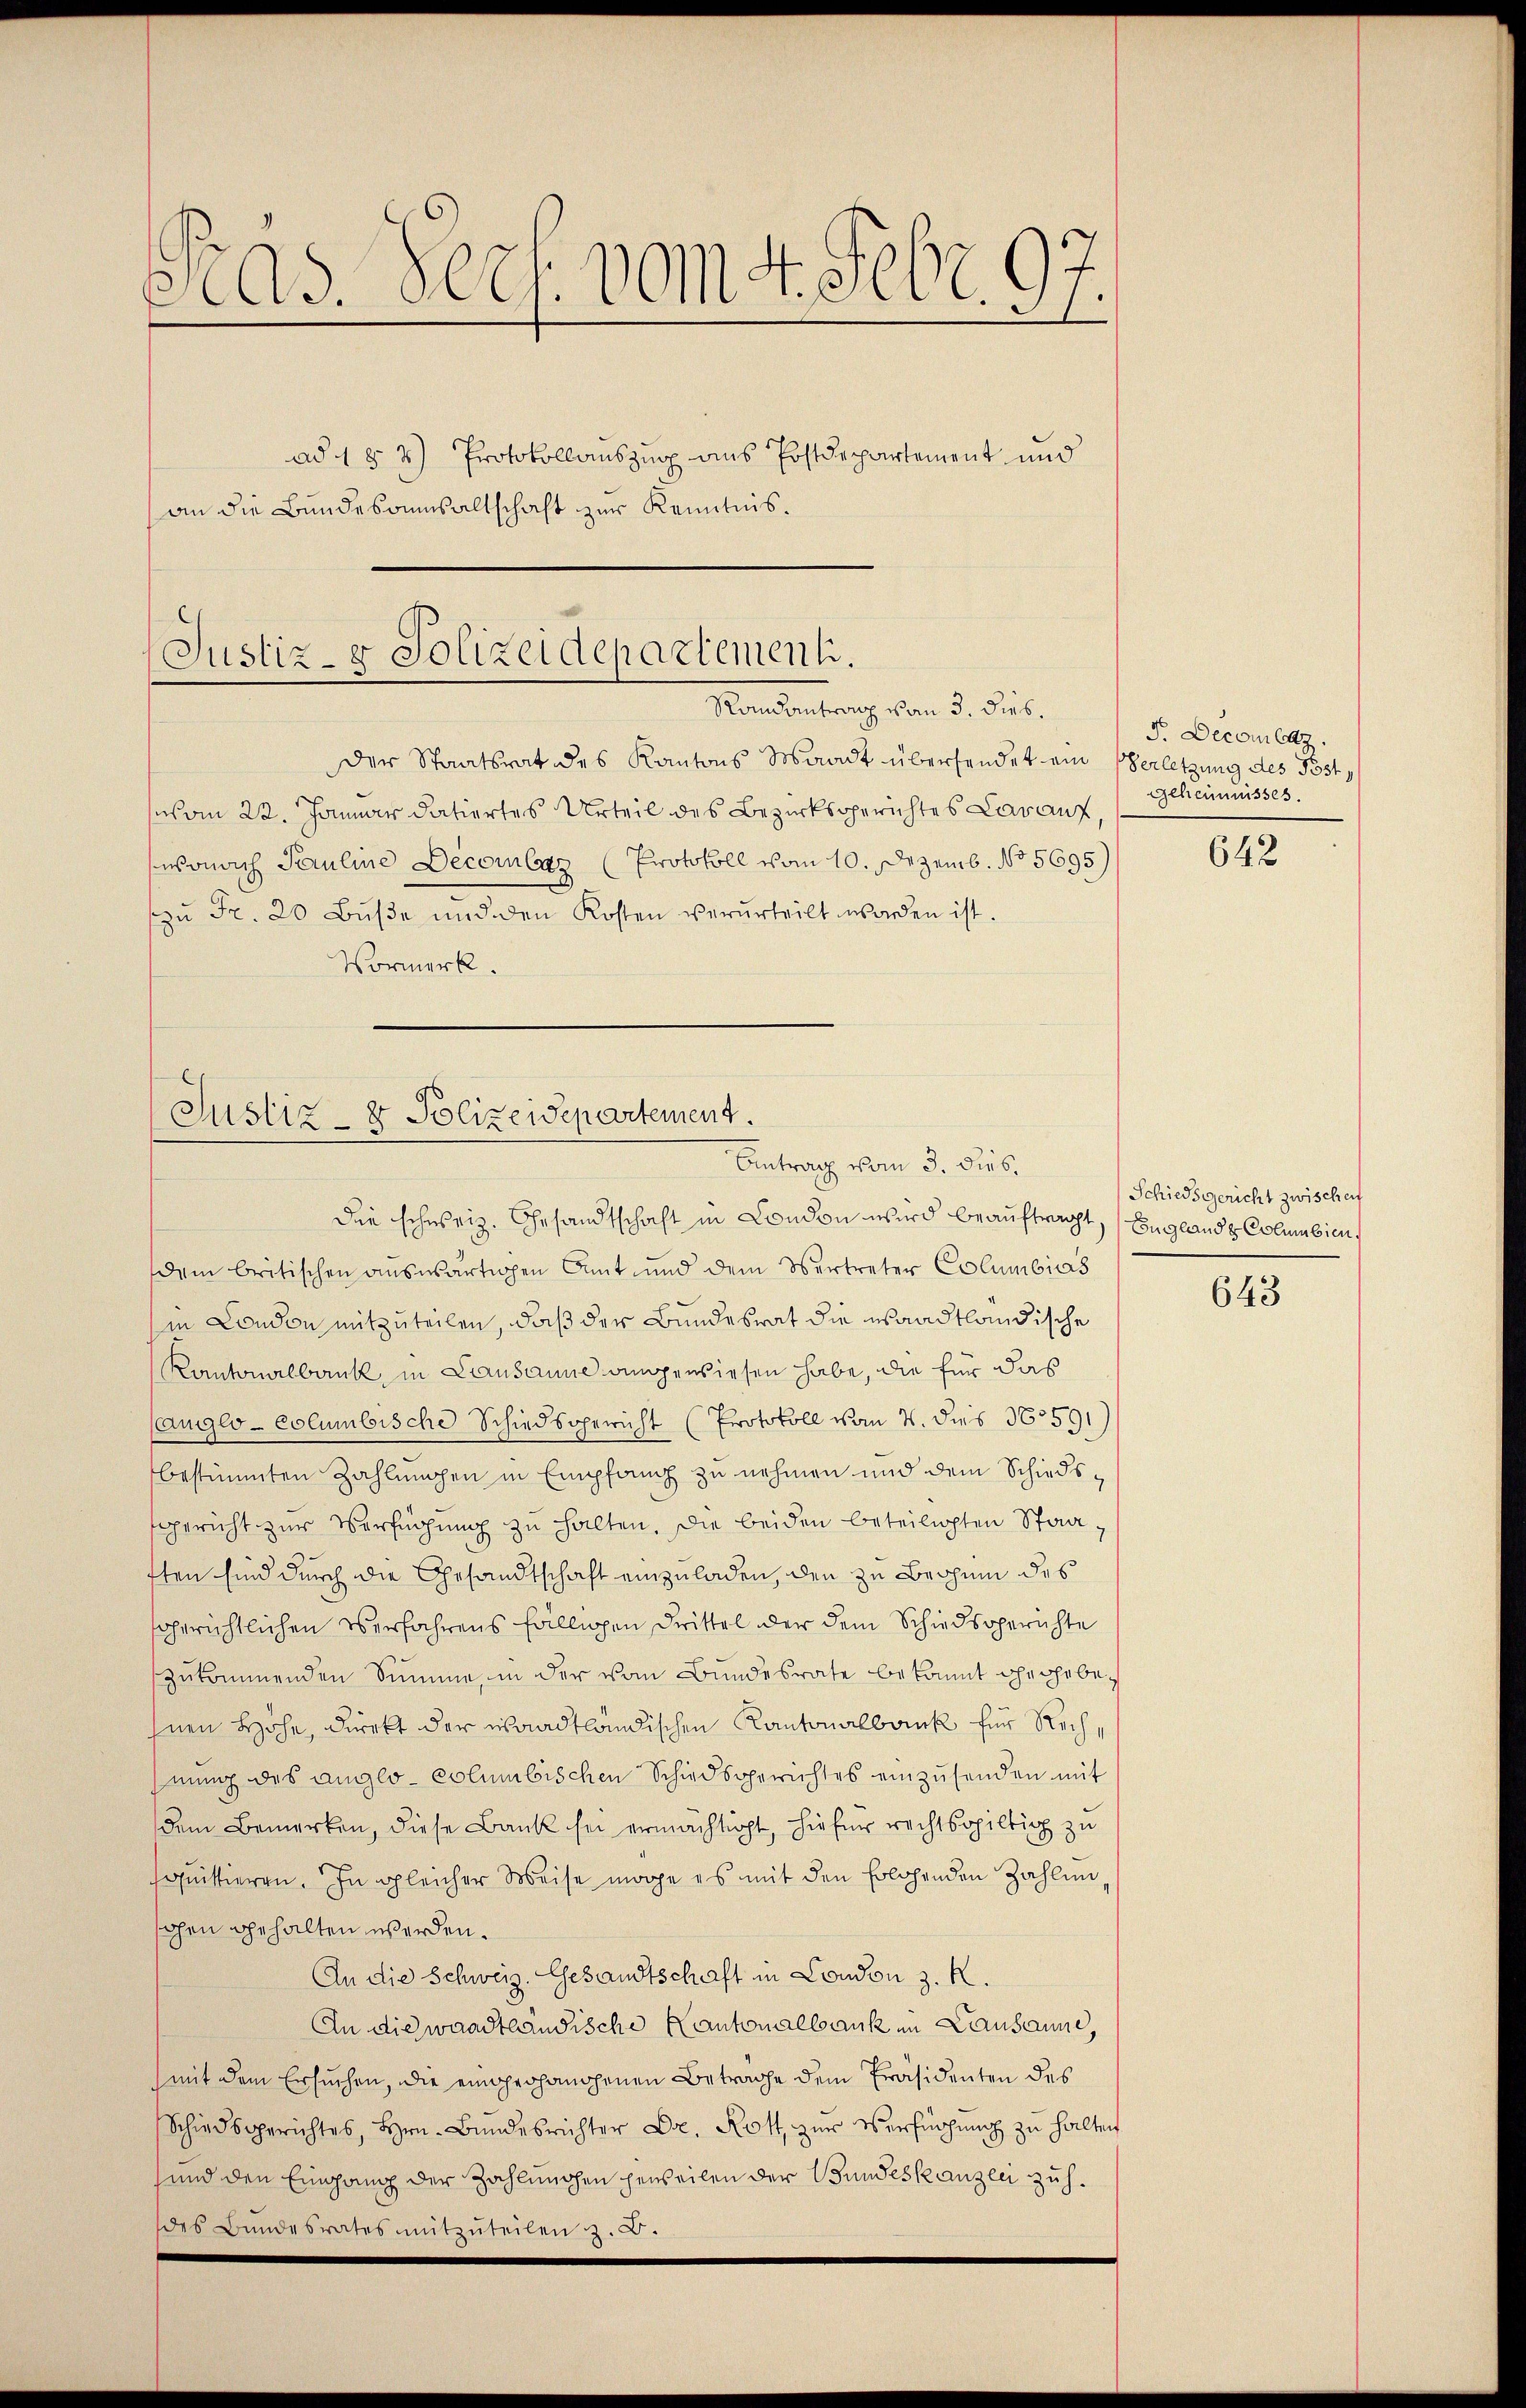
Ad. Pers. vom 4. Febr.
.
ad 1 § 2) Protokollauszug aus Postdepartement und
an die Bundesaumsaltschaft zur Kenntnis.

Justiz- & Polizeidepartement.
Pendentrag der 5. Jus
Der Staatsrat des Kantons Waadt übersendet ein Verletzung des Post¬

Justiz- & Polizeidepartement.
Antrag vom 3. Dieb.
Die schweiz. Gesandtschaft in London wird beauftragt, Englande Columbien,

vom 22. Januar datiertes Urteil des Bezirksgerichtes Darauf,
wonach Pauline Decoraz (Protokoll vom 10. Dezemb. No 5695)
zŭ Fr. 20 Bŭβe und den Kosten verurteilt worden ist.
Vormerk.

dem britischen auswärtigen Amt und dem Vertreter Columbias
in London mitzuteilen, daß der Bundesrat die waadtländische
Kantonalbank, in Lausanne angewiesen habe, die für das
(anglo-columbische Schiedsgericht (Protokoll vom 4. des 16591)
bestimmten Zahlmühen in Empfang zu nehmen und dem Schiedsgericht zur Verfügung zu halten. Die beiden beteiligten Staatten sind durch die Gesandtschaft einzuladen, den zu Brohen des
fgerichtlichen Verfahrens fälligen Drittel der dem Schiedsgerichte
zukommenden Summe, in der vom Bundesrate bekannt ohn hebehnen Höhe, direkt der waadtländischen Kantonalbank für Rechhnung des anglo-columbischen Schiedsgerichtes einzusenden mit
dem Bemerken, diese Bank sei ermächtigt, hiefür rechtsgültig zu
quittieren. In gleicher Weise möge es mit den Erlehenden Zahlunohen gehalten werden.
An die Schweiz. Gesandtschaft in Condon z. K.
An die waadtländische Kantonalbank in Lausanne,
mit dem Ersuchen, die eingrohanogenen Betrage dem Präsidenten des
Schiedsgerichtes, Hrn. Bundesrichter Dr. Rott, zur Verfügung zu halten
und den Eingang der Zahlungen jeweilen der Wundeskanzen zuh.
des Bundesrates mitzŭteilen z. B.

F. Decomlatz.
geheimnisses.

642

Schiedsgericht zwischen

643